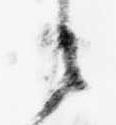
之